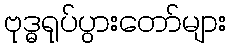
ဗုဒ္ဓရုပ်ပွားတော်များ